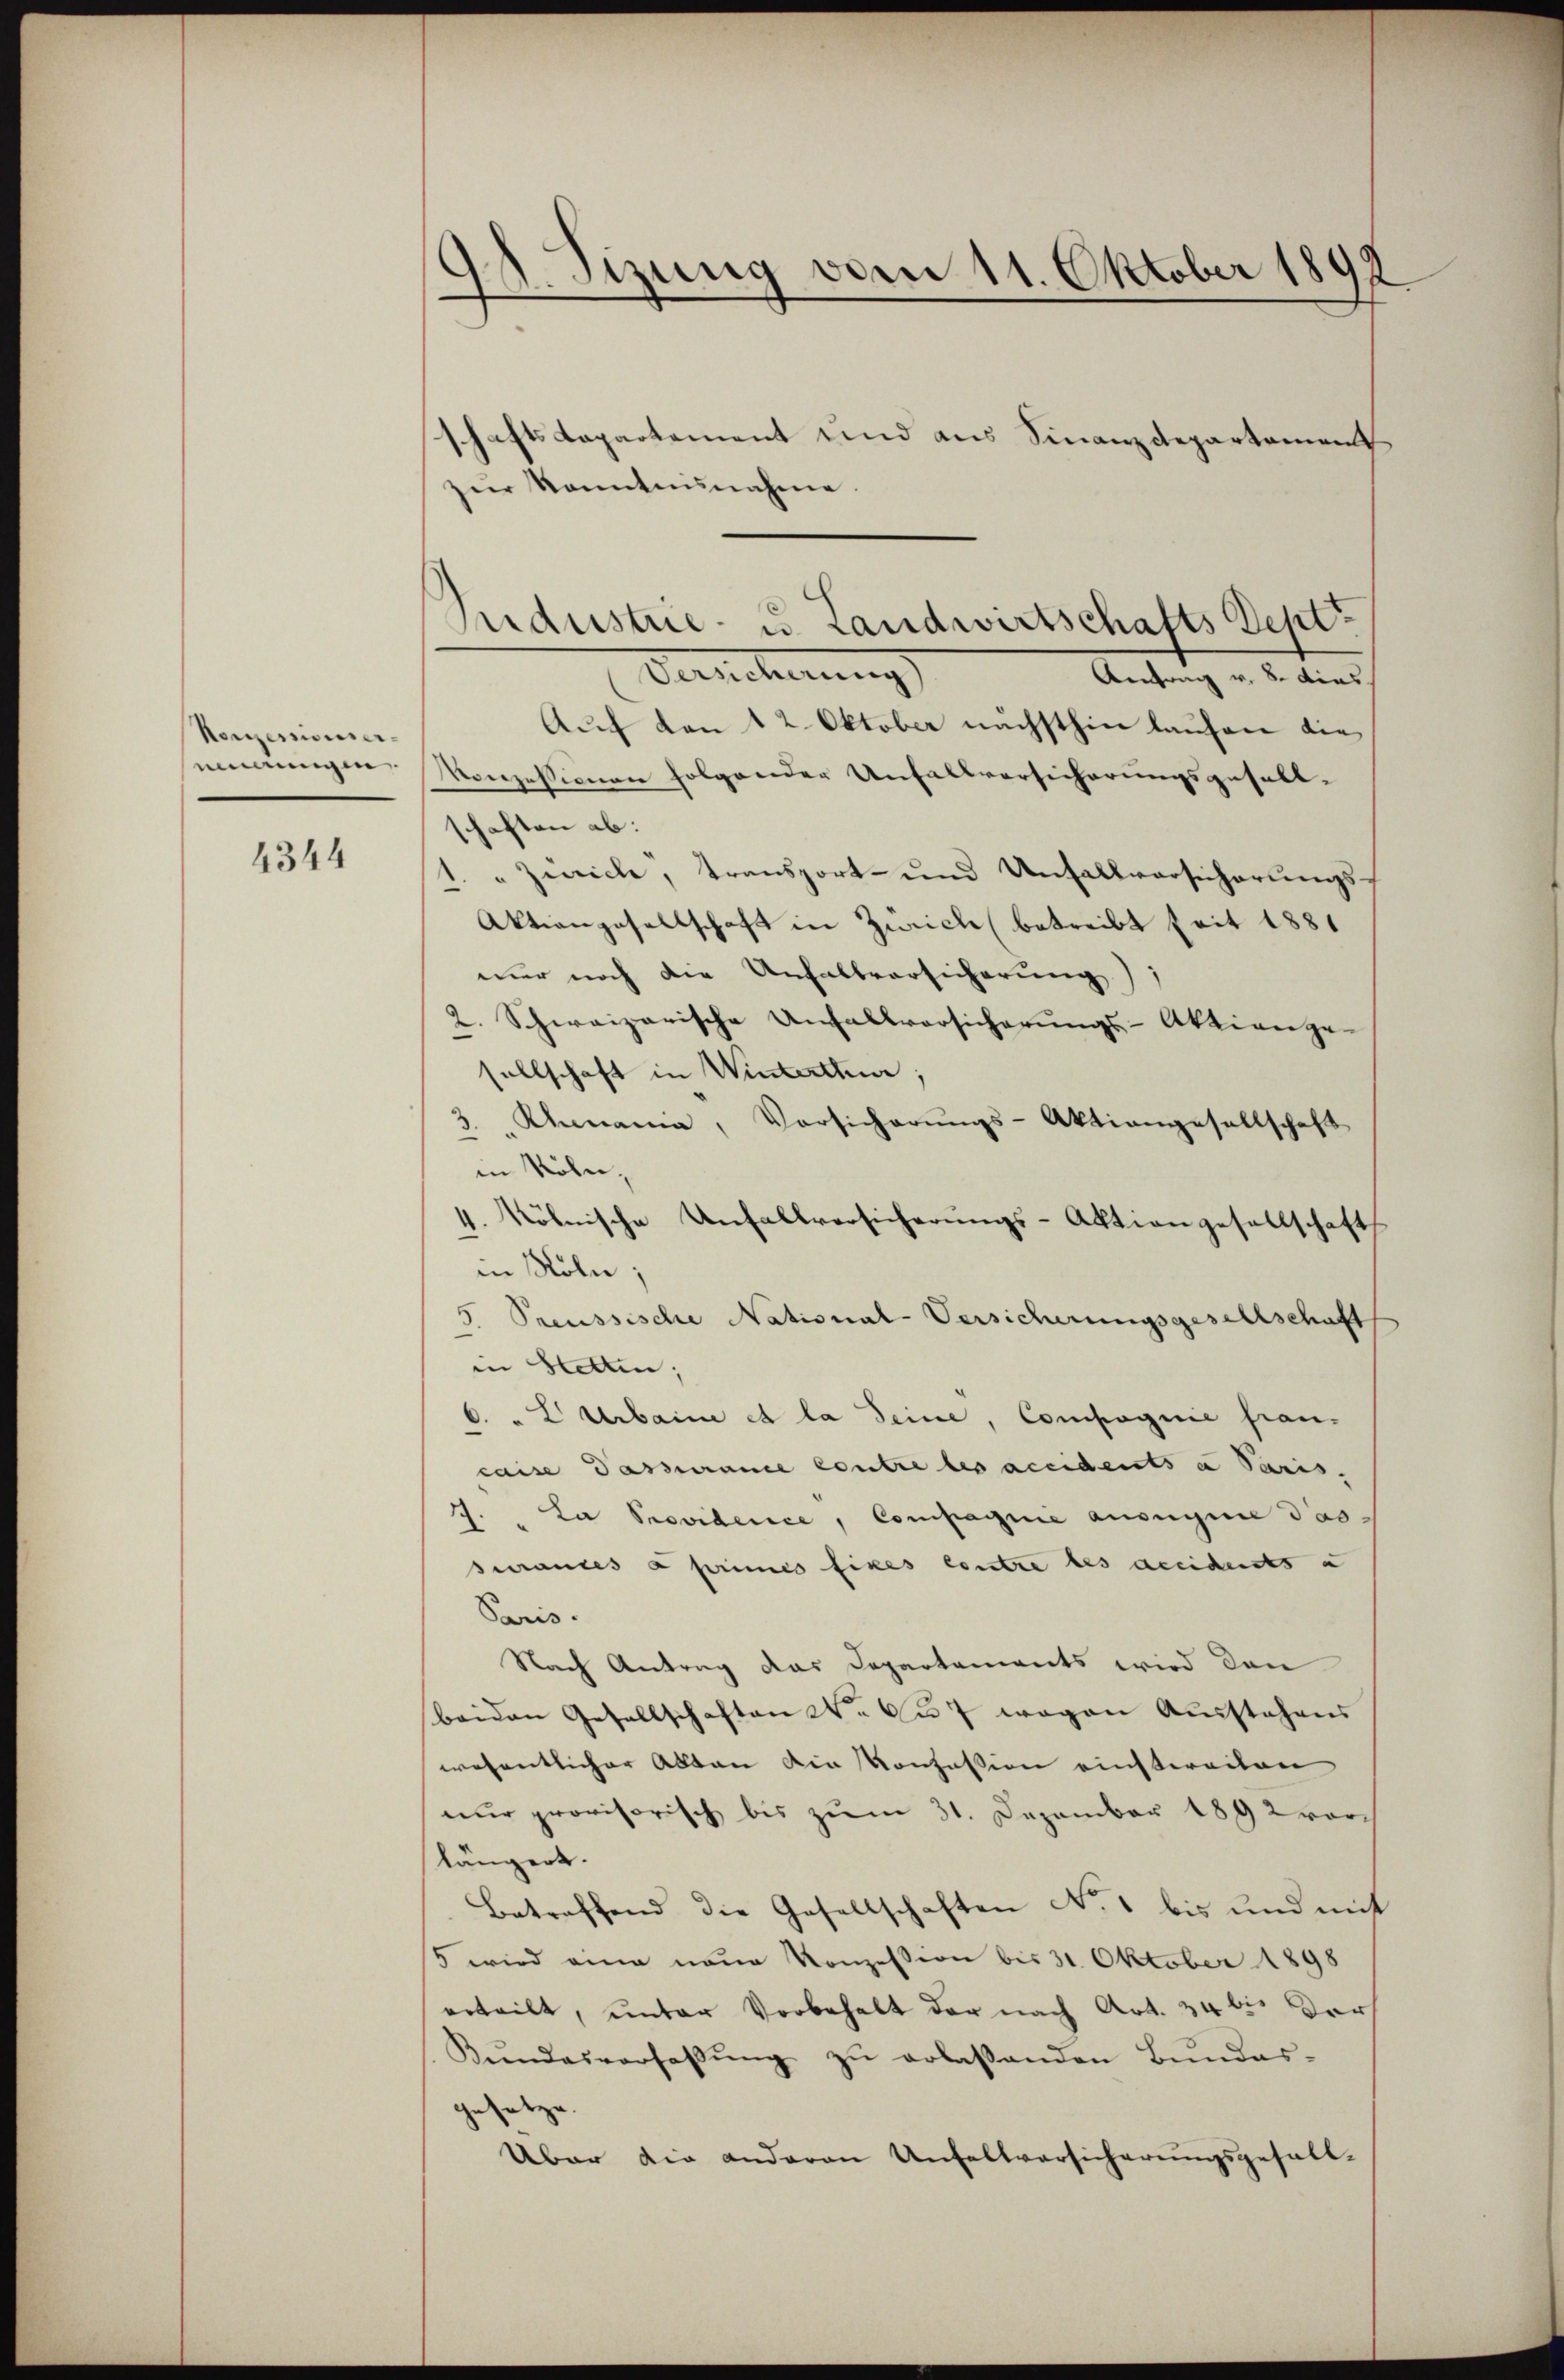
Konzessionser
innungen

4344

d. Sizung vom 11. Oktober 1899

schaftsdepartement und aus Finanzdepartement
zur kanntnisnahme
Auf den 12. Oktober nächsthin laufen die
Vonzessionen folgender Unfallversicherungsgesell-
schaften ab:
" Zürich, transport- und Unfallversicherungs¬
Aktiengesellschaft in Zürich (betreibt seit 1881
nur noch die Unfallvorsicherung),
Schweizerische Unfallvorsicherungs-Aktienge-
sellschaft in Winterthur;
Khmania, Vorsicherŭngs-Aktiengesellschaft
in Röhn,
4. kölnische Unfallversicherungs-Aktion gesellschaft
in Köln;
5. Preussische National-Versicherungsgesellschaft
in Stetten;
6. " L Urbaine et la seine, Compagnie fran-
caise Passurance Contre les accidents a Paris.
J. La Providence, Compagnie ausegne dassurances a primes fixes contre les accidents a
Paris.
Nach Antrag das Departements wird den
beiden Gesellschaften W. Auf wegen Ausstehens
wesentlicher Alten die Konzession einstweilen
nur provisorisch bis zum 31. Dezember 1892 vorslängert.
Betreffend die Gesellschaften No. 1 bis und mit
5 wird ein neue Konzession bis 31. Oktober 1898
erteilt, unter Vorbehalt der nach Art. 34 bis der
Beendesverfassŭng zŭ erlassenden Bŭndes-
gesetze
Über die anderen Unfallversicherungsgefall-

Jndustrie- u. Landwirtschafts Sept.
Verscherung
Antrag v. 8. dies